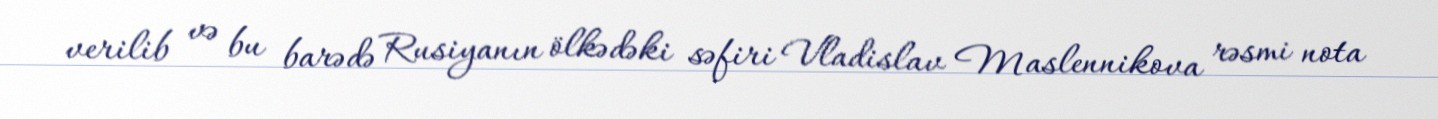
verilib və bu barədə Rusiyanın ölkədəki səfiri Vladislav Maslennikova rəsmi nota